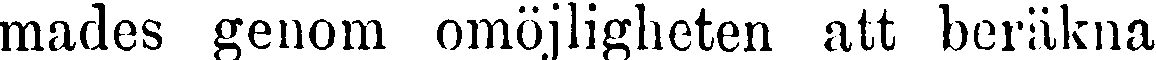
mades genom omöjligheten att beräkna